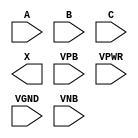
module sky130_fd_sc_ls__xnor3 (
    //# {{data|Data Signals}}
    input  A   ,
    input  B   ,
    input  C   ,
    output X   ,

    //# {{power|Power}}
    input  VPB ,
    input  VPWR,
    input  VGND,
    input  VNB
);
endmodule